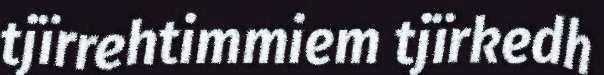
tjïrrehtimmiem tjïrkedh